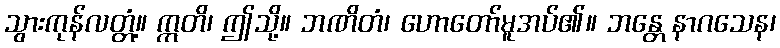
သွားကုန်လတ္တံ့။ ဣတိ၊ ဤသို့။ ဘဏိတံ၊ ဟောတော်မူအပ်၏။ ဘန္တေ နာဂသေန၊